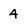
Character: 4